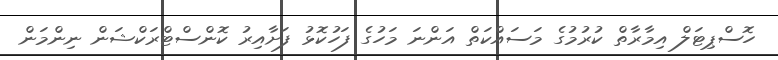
ހޮސްޕިޓަލް އިމާރާތް ކުރުމުގެ މަަސައްކަތް އަންނަ މަހުގެ ފަހުކޮޅު ފަށާއިރު ކޮންސްޓްރަކްޝަން ނިންމަން